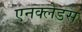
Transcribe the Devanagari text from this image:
एनक्लेडस